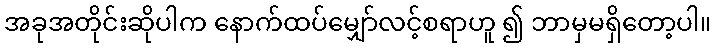
အခုအတိုင်းဆိုပါက နောက်ထပ်မျှော်လင့်စရာဟူ ၍ ဘာမှမရှိတော့ပါ။